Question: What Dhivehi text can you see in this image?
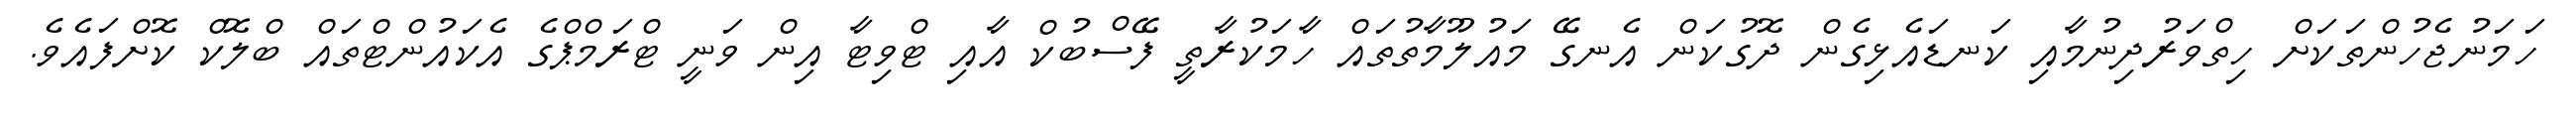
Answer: ހަމަނުޖެހުންތަކަށް ހިތްވަރުދިނުމާއި ކަނޑައެޅިގެން ދޮގުކަން އެނގޭ މައުލޫމާތުތައް ހާމަކުރާތީ ފޭސްބުކް އާއި ޓްވިޓާ އިން ވަނީ ޓްރަމްޕްގެ އެކައުންޓްތައް ބްލޮކް ކޮށްފައެވެ.